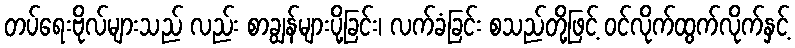
တပ်ရေးဗိုလ်များသည် လည်း စာချွန်များပို့ခြင်း၊ လက်ခံခြင်း စသည်တို့ဖြင့် ဝင်လိုက်ထွက်လိုက်နှင့်